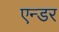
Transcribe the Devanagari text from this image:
एन्डर